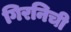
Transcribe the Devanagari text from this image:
गिरनिची